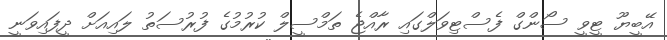
އޭބީޔޫ ޓީވީ ސޯންގް ފެސްޓިވަލްގައި ރާއްޖެ ތަމްސީލް ކުރުމުގެ ފުރުސަތު ލައިއަށް ދީފައިވަނީ